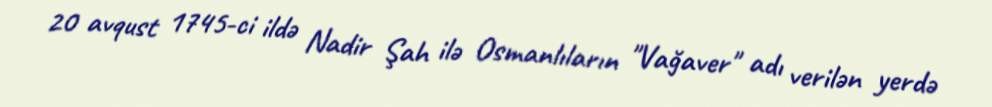
20 avqust 1745-ci ildə Nadir Şah ilə Osmanlıların "Vağaver" adı verilən yerdə